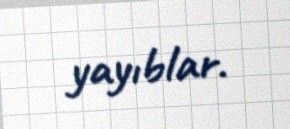
yayıblar.